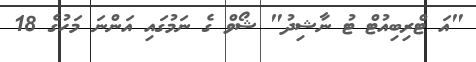
"އަ ޓްރިބިއުޓް ޓު ނާޝިދު" ޝޯވް ގެ ނަމުގައި އަންނަ މަހުގެ 18